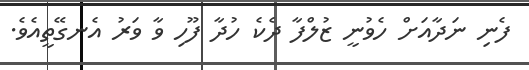
ފެނި ނަދާއަށް ހެވުނީ ޒުލްފާ ދެކެ ހުދާ ފޫހި ވާ ވަރު އެނގޭތީއެވެ.